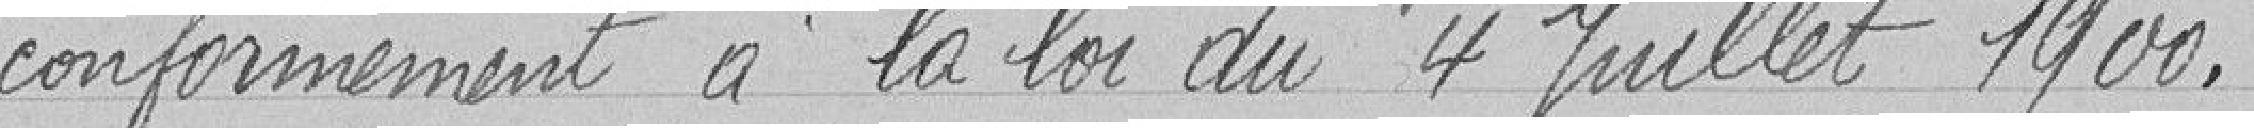
conformément à la loi du 4 juillet 1900.